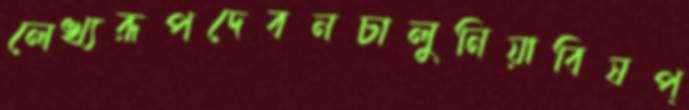
লেখ্যরূপদেবনচালুনিয়াবিষপ্